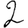
Digit: 2